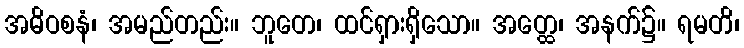
အဓိဝစနံ၊ အမည်တည်း။ ဘူတေ၊ ထင်ရှားရှိသော။ အတ္ထေ၊ အနက်၌။ ရမတိ၊